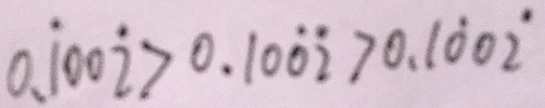
0 . \dot { 1 } 0 0 \dot { 2 } > 0 . 1 0 \dot { 0 } \dot { 2 } > 0 . 1 \dot { 0 } 0 \dot { 2 }